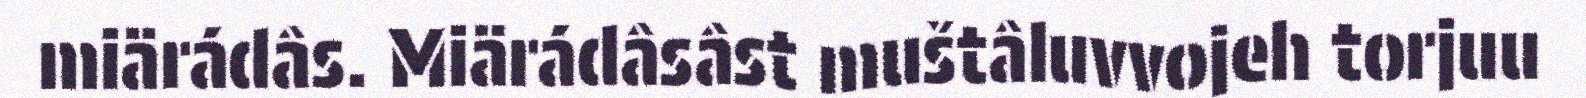
miärádâs. Miärádâsâst muštâluvvojeh torjuu